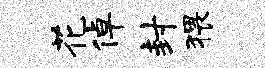
花倬封猥